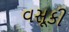
વસૂકી